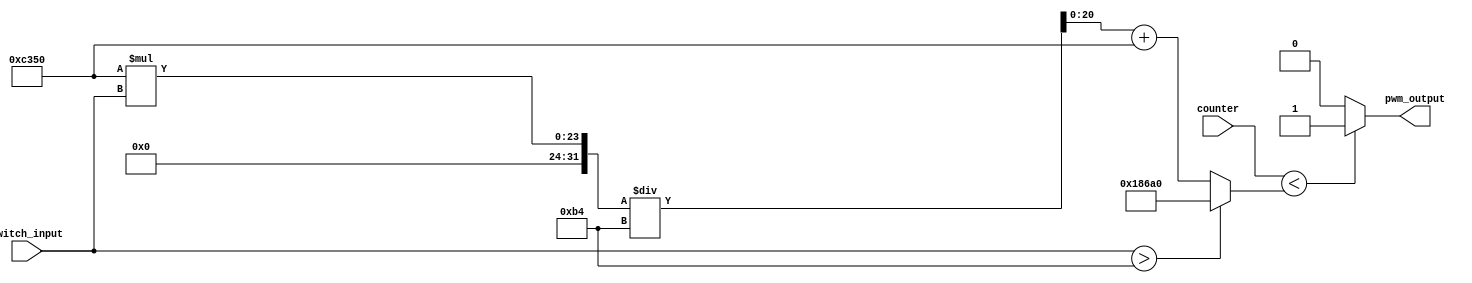

/*
Comparador para control de PWM

Convierte la entrada binaria de los switches de la FPGA a un valor de 0 a 180
y compara este valor con el valor del contador para generar la seal de PWM.

La 10M50DAF484C7G es una FPGA con una frecuencia de reloj de 50 MHz.
Un servo motor SG90 tiene una frecuencia de trabajo de 50 Hz y un rango de
movimiento de 0 a 180 grados.

Parmetros:
    PWM_FREQ: Frecuencia del PWM. Por defecto, 1 MHz.
    DUTY_FREQ: Frecuencia de trabajo del PWM. Por defecto, 50 Hz.
    MAX_RANGE: Rango mximo de movimiento del servo. Por defecto, 180 grados.
    MIN_PULSE: Pulso mnimo del servo. Por defecto, 1 ms.
    MAX_PULSE: Pulso mximo del servo. Por defecto, 2 ms.

Entradas:
    counter: Valor del contador.
    switch_input: Valor de los switches de la FPGA.

Salidas:
    pwm_output: Salida del PWM
*/
module grados_comp #(
    parameter PWM_FREQ = 1_000_000,
    parameter PULSE_WIDTH = 20,
    parameter MAX_RANGE = 180,
    parameter MIN_PULSE = 1,
    parameter MAX_PULSE = 4
) (
    input [20:0] counter,
    input [7:0] switch_input,
    output reg pwm_output
);

    // Variable auxiliar para el clculo del PWM
    wire [20:0] comp_wire;

    assign comp_wire = switch_input > 180
                                    ? 100_000
                                    : (50_000 * switch_input / 180) + 50_000; 

    // Comparacin del valor del contador con el valor del PWM
    always @(*) begin
        if (counter < comp_wire)
            pwm_output <= 1;
        else
            pwm_output <= 0;
    end

endmodule